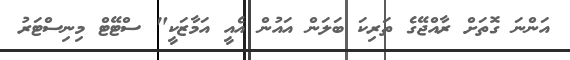
އަންނަ ގޮތަށް ރާއްޖޭގެ ތަރިކަ ބަލަން އައުން އެއީ އަމާޒަކީ" ސްޓޭޓް މިނިސްޓަރު